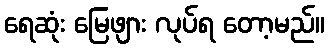
ရေဆုံး မြေဖျား လုပ်ရ တော့မည်။